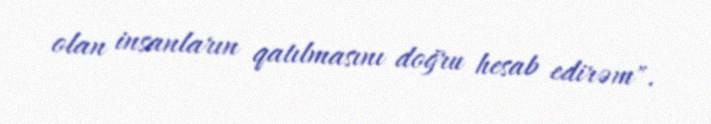
olan insanların qatılmasını doğru hesab edirəm".